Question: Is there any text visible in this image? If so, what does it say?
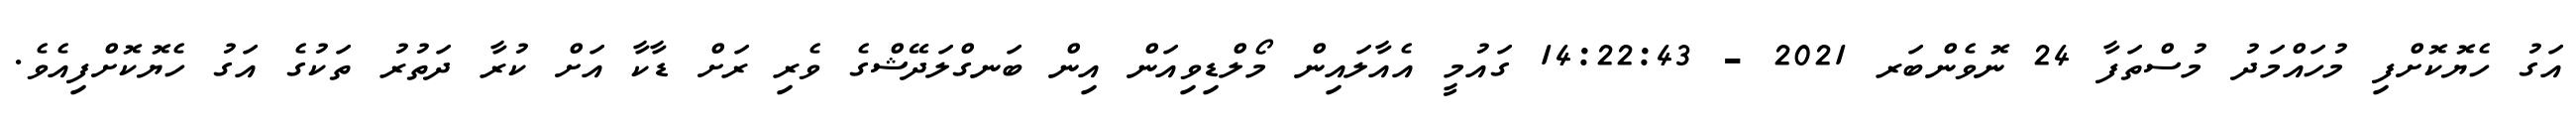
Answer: އަގު ހެޔޮކޮށްފި މުހައްމަދު މުސްތަފާ 24 ނޮވެންބަރ 2021 - 14:22:43 ގައުމީ އެއާލައިން މޯލްޑިވިއަން އިން ބަނގްލަދޭޝްގެ ވެރި ރަށް ޑާކާ އަށް ކުރާ ދަތުރު ތަކުގެ އަގު ހެޔޮކޮށްފިއެވެ.